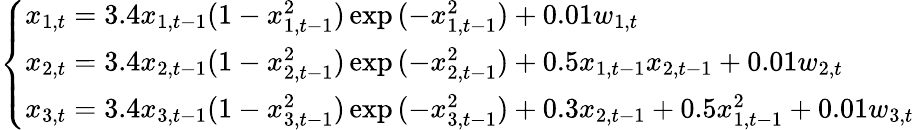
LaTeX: \left\{ \begin{array}{ll}{x_{1,t}=3.4x_{1,t-1}(1-x_{1,t-1}^{2})\exp{(-x_{1,t-1}^{2})}+0.01w_{1,t}}\\ {x_{2,t}=3.4x_{2,t-1}(1-x_{2,t-1}^{2})\exp{(-x_{2,t-1}^{2})}+0.5x_{1,t-1}x_{2,t-1}+0.01w_{2,t}}\\ {x_{3,t}=3.4x_{3,t-1}(1-x_{3,t-1}^{2})\exp{(-x_{3,t-1}^{2})}+0.3x_{2,t-1}+0.5x_{1,t-1}^{2}+0.01w_{3,t}}\end{array}\right.